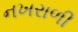
નખરાળી